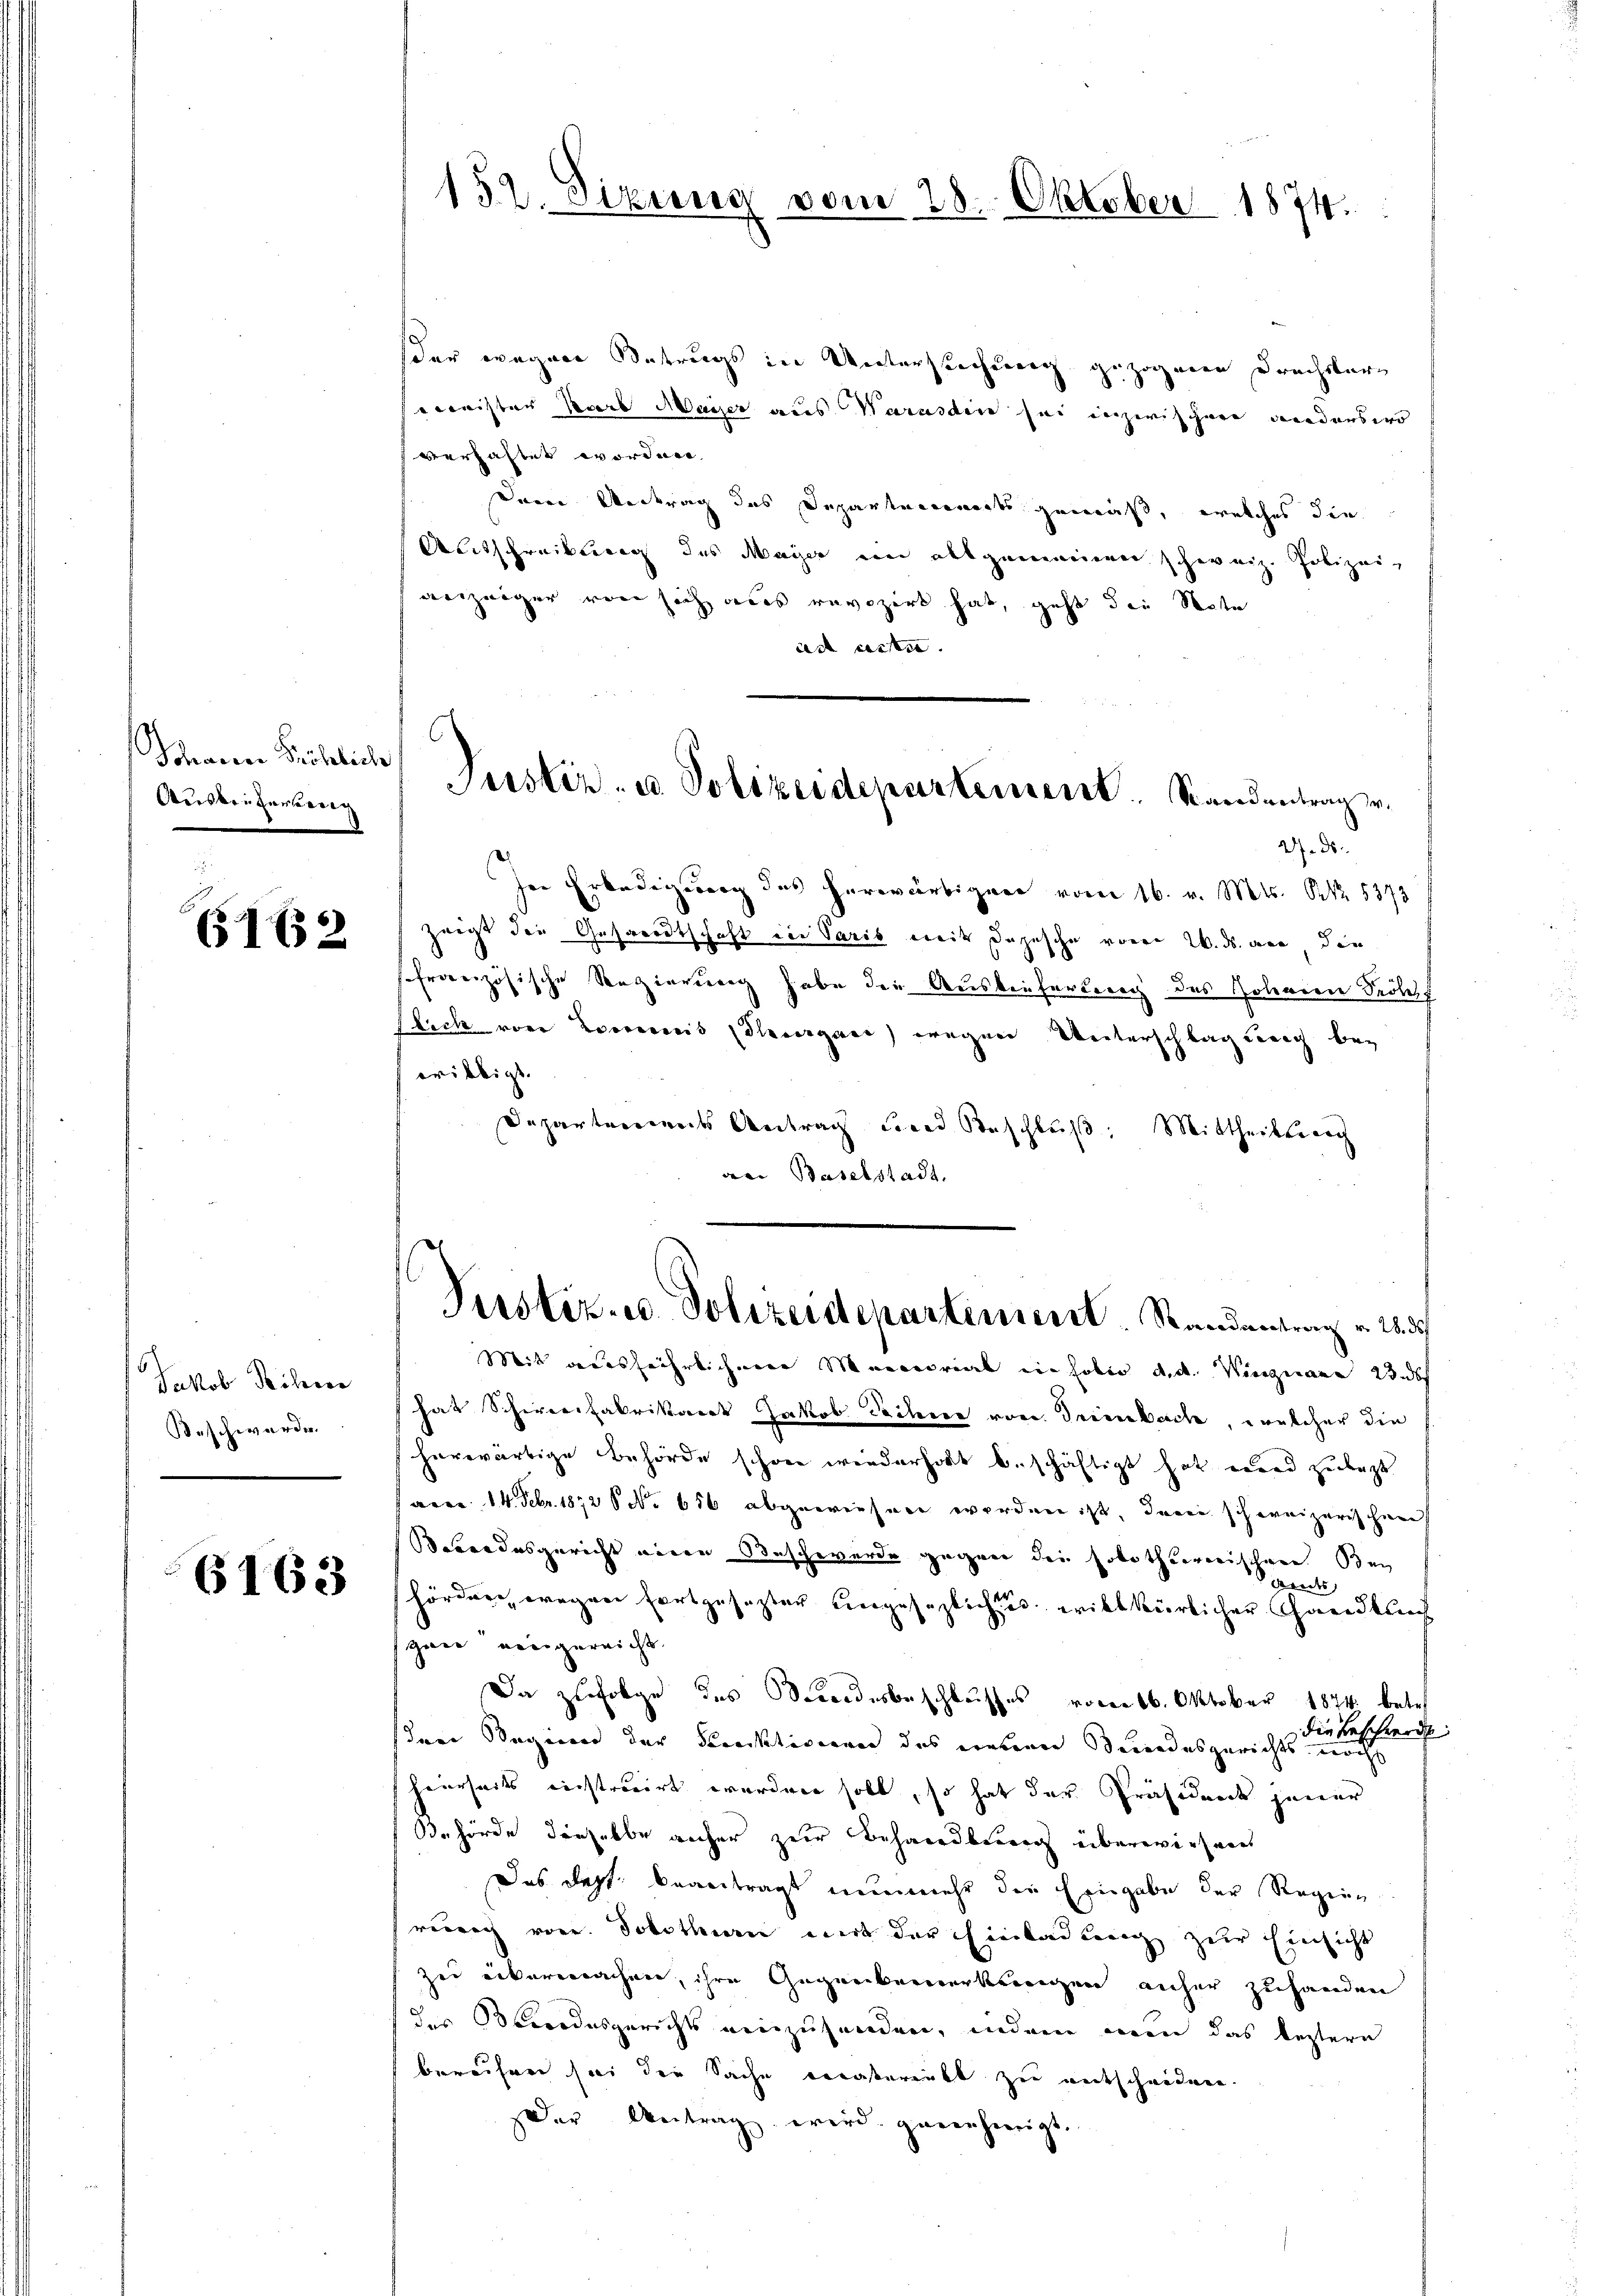
Schwerer Fröhliche
Ausverterung

6162

Jakob Reiherr
Beschwerde

6163

152. Sizung vom 28. Oktober 1874.

der wegen Betrugs in Untersuchung gezogenen Frachsters
Gemeister Karl Mayer aus Warasdin sei inzwischen wiederswo
verzahlet worden
Dreie Vertrag das Departements gemäß, welches die
Antschreibung des Mager ein allgemeinen schweiz. Polizeianzeiger von sich aus revozirt hat, geht die Note
ad acta.
U. ds.
Ire Erledigung des herwärtigen vom 16. v. Mts. Nr. 5373
zeigt die Gesandtschaft in Paris mit Depesche von W. ds. an die
schranzösische Regierung habe die Auskaufertrag des Johann Prof
flich von Loorerweis devergane) wegen Unterschlag nach bei
eribtigt.
Departements Antrag und Beschluß. Mittheilsrech
an Baselstadt.
Perstiz- u. Polizeidepartinieret. Randantrag v. 28. d.
Mit ausführlichene Marceorial in soli d. d. Vinzenaer 23 s
hat Schire fabrikart Jakob Dechere von Trienbach, welcher die
herwärtige Behörde schon wiederholt beschäftigt hat wird zulezt
facer 14. Febr. 1872 No 656 abgewiesen worden ist, darin schweizerischen
Bebendesgericht einen Beschwerde gegen die solothurerischen Bei
bredes
hördere, wegen fortgesezter engesezlichtes willkürlicher Handlung
zwei eingereicht.
Da zufolge des Bundesbeschlusses vom 16. Oktober 1874 betret
die
Beschwerde
sinen Beginner der Strektivienen das nebenen Beundesgerichts noch
heierseits einstruirt worden soll, so hat der Präsident jener
Behörde dieselbe anher zur Behandlung überwiesent
Das Depf. beantragt nunmehr die Eingabe der Regien
rebrig von Solothurn wird der Einladung zur Einsicht
zer übermachen, ihre Gegenbernerkennen aucher zuhanden
des Brodesgericht einzusenden, indem ein das leztern
bereifen sei die Sache vätererbt zu entschieden.
Der Antrag wird genehmigt.

Justiz- u. Polizeidepartement. Standentrag v.